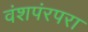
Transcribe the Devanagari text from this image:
वंशपंरपरा